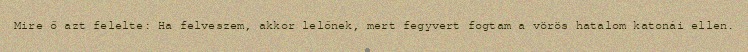
Mire ő azt felelte: Ha felveszem, akkor lelőnek, mert fegyvert fogtam a vörös hatalom katonái ellen.